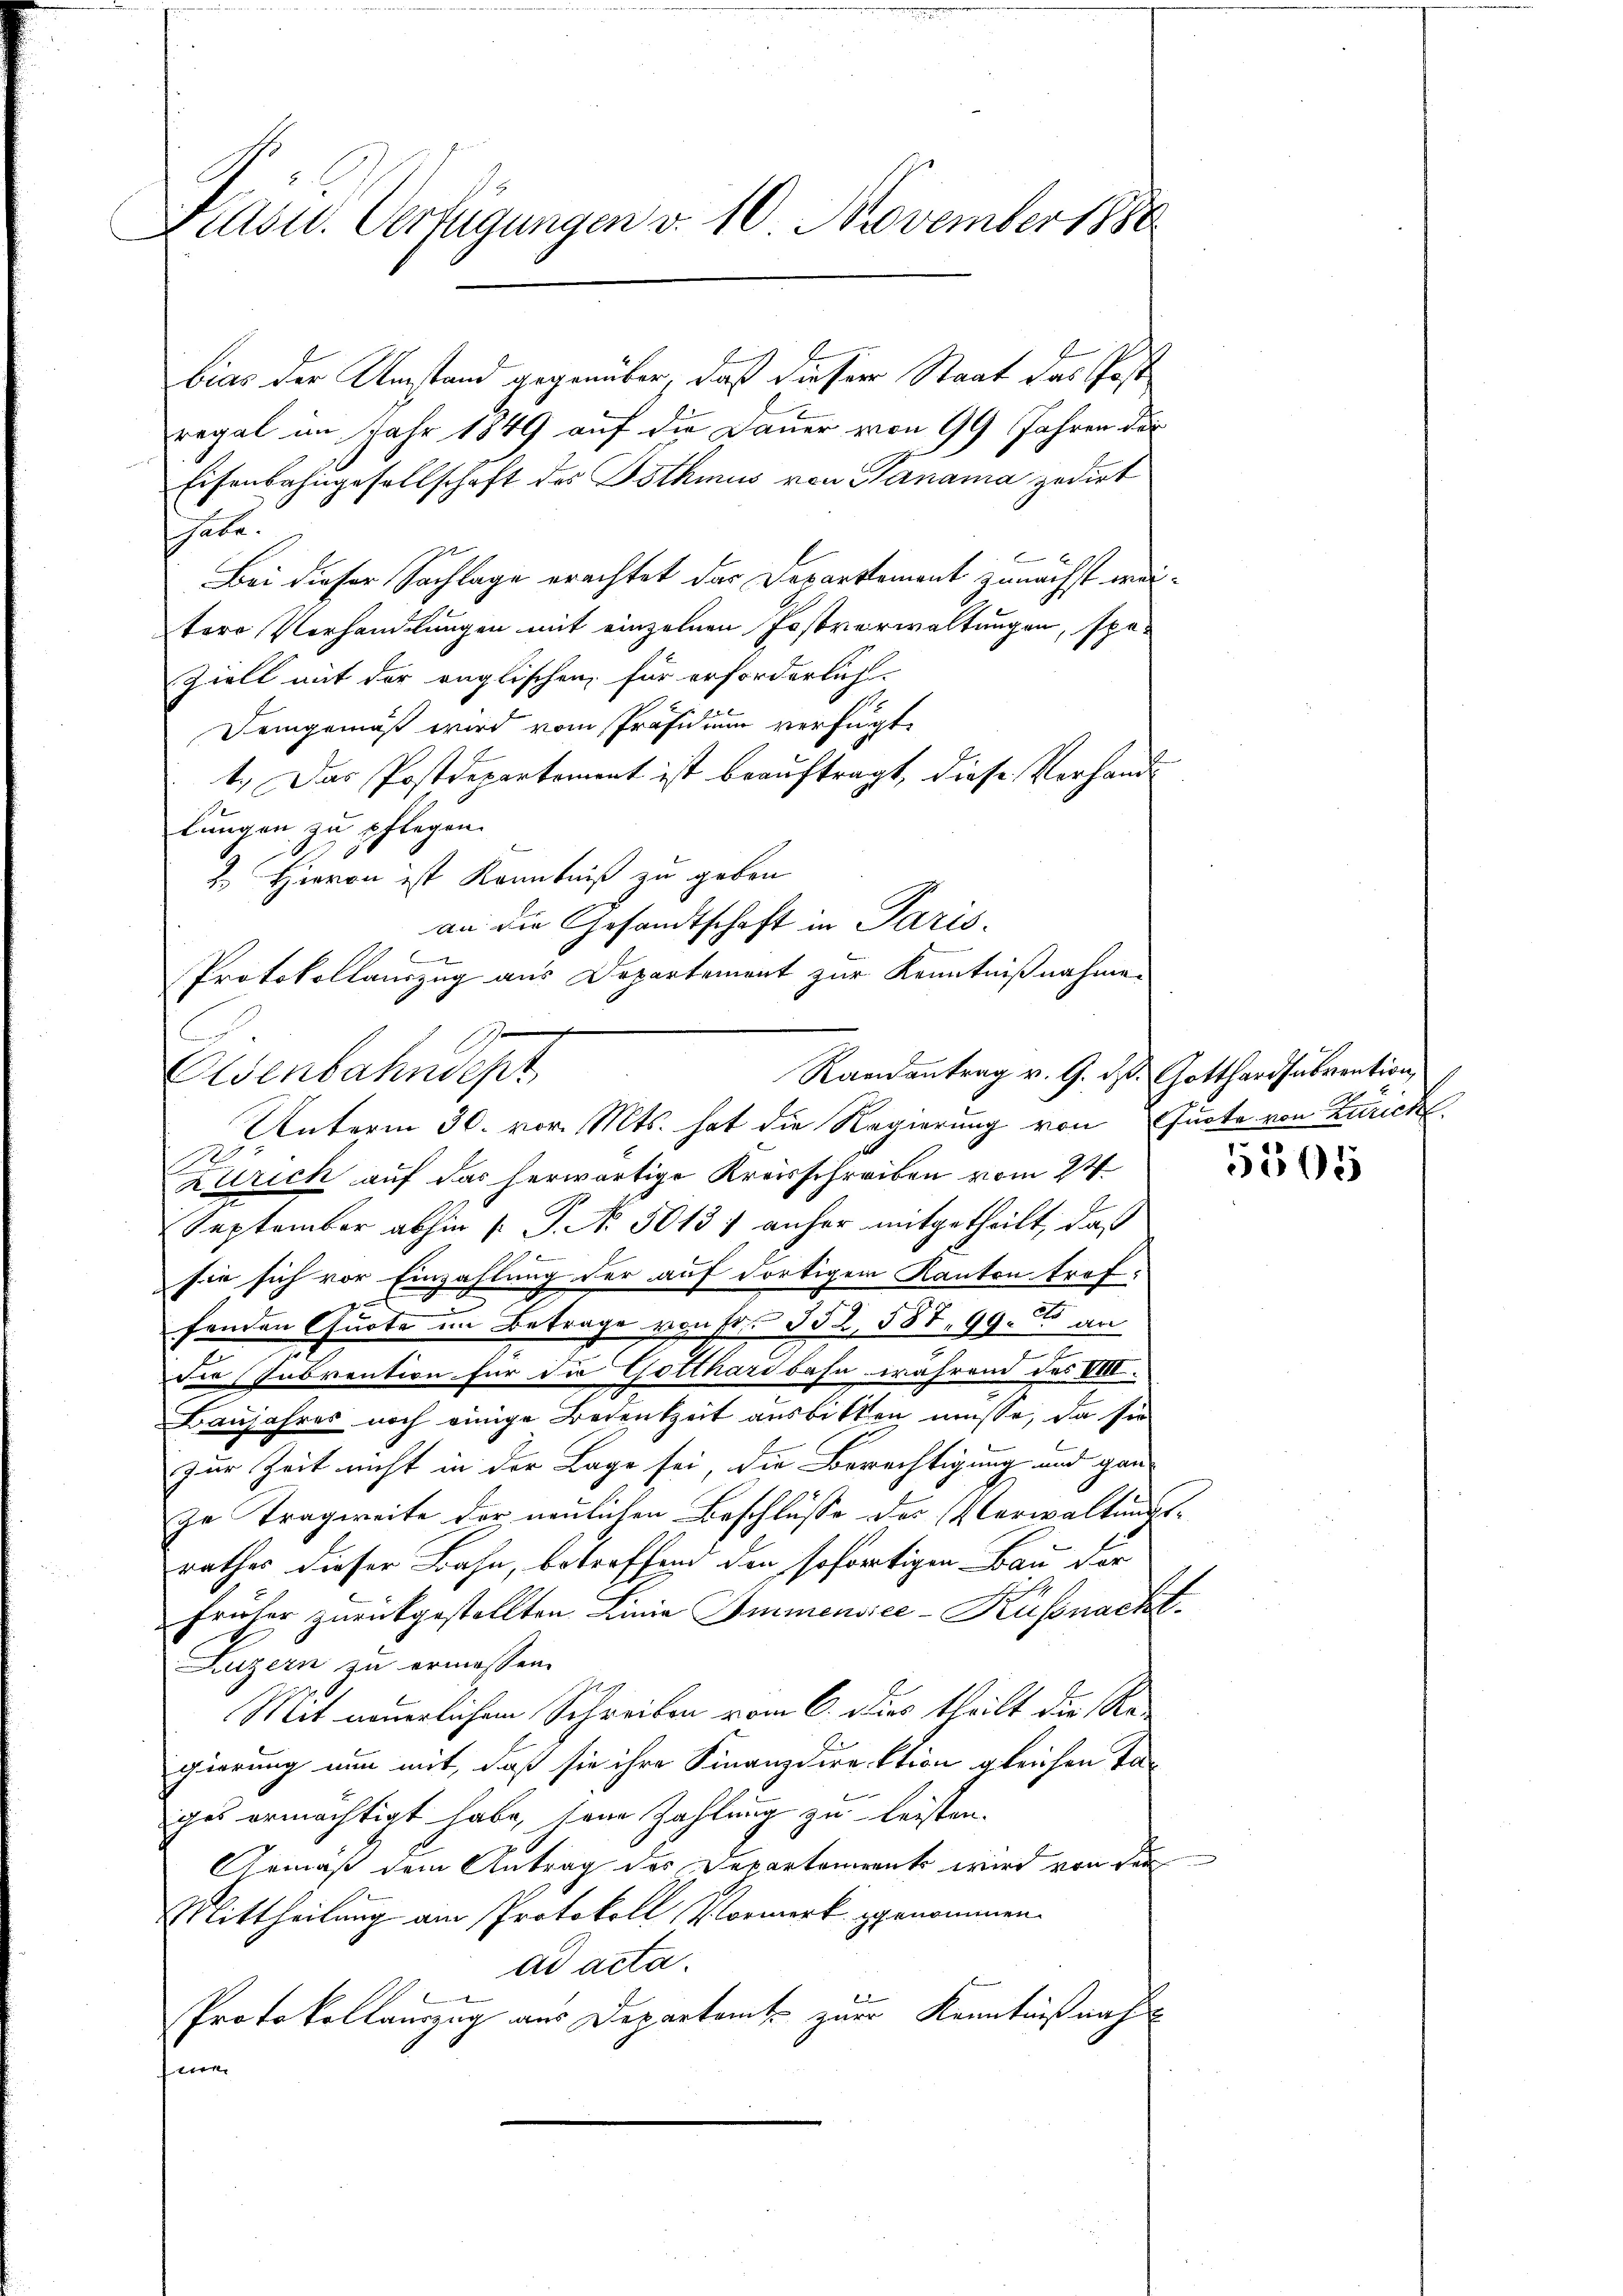
J
Kasur. Verfügungen v. 10. November 1880

bias der Umstand gegenüber, daß dieser Staat das Post
regal im Jahr 1849 auf die Dauer von 99 Jahren das
Eisenbahngesellschaft des Bothmus von Panama gediet
habe.
Bei dieser Sachlage erachtet das Departement zunächst wertero Verhandlungen mit einzelnen Postverwaltungen, spe¬
Ziell mit der englischen, für erforderlich.
Demgemäß wird vom Präsidium verfügt,
1.) Das Postdepartement ist beauftragt, diese Vorhandlungen zu pflegen.
2. Hievon ist Kenntniß zu geben
an die Gesandtschaft in Paris.
f
Protokollauszug aus Departement zur Kenntnißnahme.
Raenantrag v. 9. ds. Gotthardsubvention,
Unterm 30. vor. Mts. hat die Regierung von Quote von Zürich
Zürich auf das herwärtige Kreisschreiben vom 24
September abhin [P. No. 50131 anher mitgetheilt, daß
sie sich vor Einzahlung der auf dortigem Kanton troffenden Quote im Betrage von Fr. 552. 587. 99. an
der Inbrention für die Gotthardbahn während das VIII.
Baujahres noch einige Bedenkzeit ausbitten müsse, da sie
zur Zeit nicht in der Lage sei, die Berechtigung und gan-
ze Tragweite der neulichen Beschlüsse des Verwaltungsrathes dieser Bahn, betreffend den sofortigen Bau der
früher zurückgestellten Linie Immensice-Küssnacht.
Luzern zu ermassen.
Mit neuerlichem Schreiben vom 6. Dies theilt die Regierung nun mit, daß sie ihre Finanzdirektion gleichen Tages ermächtigt habe, seine Zahlung zu leisten.
Gemäß dem Antrag des Departements wird von der
Mittheilung am Protokoll Vormerk genommen.
ad acta.
Protokollauszug aus Departamt zur Kenntnißnah
fin

Ewenbahndept

5505